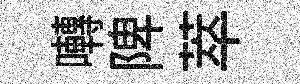
囀陴萃